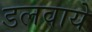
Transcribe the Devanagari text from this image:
डलवाये